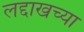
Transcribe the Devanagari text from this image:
लद्दाखच्या